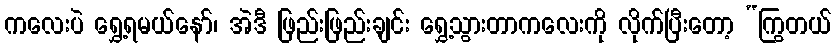
ကလေးပဲ ရွှေ့ရမယ်နော်၊ အဲဒီ ဖြည်းဖြည်းချင်း ရွှေ့သွားတာကလေးကို လိုက်ပြီးတော့ “ကြွတယ်